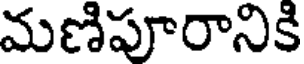
మణిపూరానికి